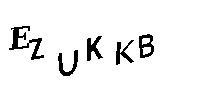
EZUKKB